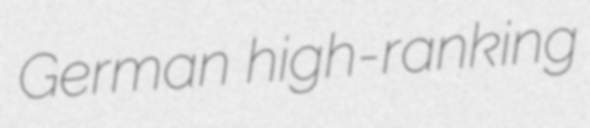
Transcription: German high-ranking